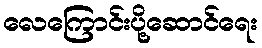
လေကြောင်းပို့ဆောင်ရေး